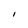
Character: I